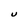
Character: U